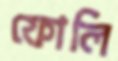
ফোলি